Insane asylums in Bengal annual reports 1876-1887 - 1876-1887
Year: 1876
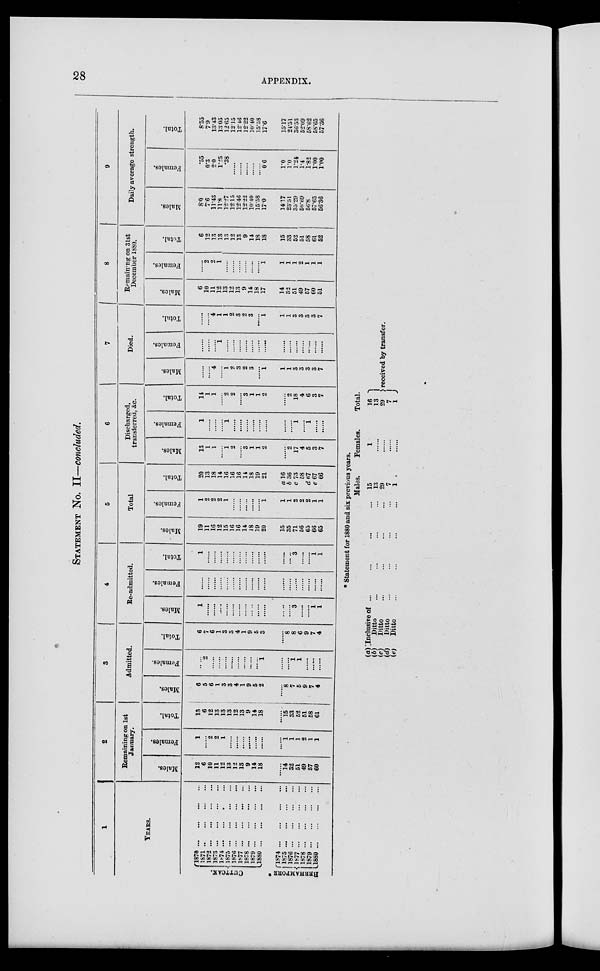
28
APPENDIX.
STATEMENT No. II—concluded.
1
YEARS.
CUTTACK.
BERHAMPORE
l870
...
...
...
...
1871 ... ... ... ...
1872...
...
...
...
1873...
...
...
...
1874...
...
...
...
1875...
...
...
...
1876...
...
...
...
1877...
...
...
...
1878...
...
...
...
1879...
...
...
...
1880...
...
...
...
1874 ... ... ... ...
1875...
...
...
...
1876...
...
...
...
1877...
...
...
...
1878...
...
...
...
1879...
...
...
...
1880...
...
...
...
2
Remaining on 1st
January.
Males.
12
6
10
11
12
13
12
13
9
14
18
......
14
32
51
49
57
60
Females.
1
......
2
2
1
......
......
......
......
......
......
......
1
l
l
2
1
1
Total.
13
6
12
13
13
13
12
13
9
14
18
......
15
33
52
51
58
61
3
Admitted.
Males.
6
5
6
1
3
3
4
1
9
5
2
......
8
7
5
9
7
4
Females.
......
2
......
......
......
......
......
......
......
......
1
......
......
1
1
......
......
......
Total.
6
7
6
1
3
3
4
1
9
5
3
......
8
8
6
9
7
4
4
Re-admitted.
Males.
1
......
......
......
......
......
......
......
......
......
......
......
......
3
......
......
1
1
Females.
......
......
......
......
......
......
......
......
......
......
......
......
......
......
......
......
......
......
Total.
1
......
......
......
......
......
......
......
......
......
......
......
......
3
......
......
1
1
5
Total
Males.
19
11
16
12
15
16
16
14
18
19
20
15
35
71
56
65
66
65
Females.
1
2
2
2
1
......
......
......
......
......
1
1
1
2
2
2
1
1
Total.
20
13
18
14
16
16
16
14
18
19
21
a 16
b 36
c 73
58
d 67
e 67
66
6
Discharged,
transferred, &c.
Males.
13
1
1
......
1
2
......
3
1
1
2
......
2
17
4
5
3
7
Females.
1
......
......
......
1
......
......
......
......
......
......
......
......
1
......
1
......
......
Total.
14
1
1
......
2
2
......
3
1
1
2
......
2
18
4
6
3
7
7
Died.
Males.
......
......
4
......
1
2
3
2
3
......
1
1
1
3
3
3
3
7
Females.
......
......
......
1
......
......
......
......
......
......
......
......
......
......
......
......
......
......
Total.
......
......
4
1
1
2
3
2
3
......
1
1
1
3
3
3
3
7
8
Remaining on 31st
December 1880.
Males.
6
10
11
12
13
12
13
9
14
18
17
14
32
51
49
57
60
51
Females.
......
2
2
1
......
......
......
......
......
......
1
1
1
1
2
1
1
1
Total.
6
12
13
13
13
12
13
9
14
18
18
15
33
52
51
58
61
52
9
Daily average strength.
Males.
8.0
7.6
11.43
11.8
12.27
12.15
12.46
12.22
10.40
15.58
17.0
14.17
23.51
35.29
50.69
56.8
57.65
56.36
Females.
.55
0.3
2.0
1.25
.38
......
......
......
......
......
0.6
1.0
1.0
1.24
1.4
1.82
1.00
1.00
Total.
8.55
7.9
13.43
13.05
12.65
12.15
12.46
12.22
10.40
15.58
17.6
15.17
24.51
36.53
52.09
58.62
58.65
57.36
* Statement for 1880 and six previous years.
(a)
(b)
(c)
(d)
(e)
Inclusive of ... ... ... ...
Ditto ... ... ... ...
Ditto ... ... ... ...
Ditto ... ... ... ...
Ditto ... ... ... ...
Males.
15
13
29
7
1
Females.
1
......
......
......
......
Total.
16
13
29
7
1
received by transfer.